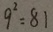
9 ^ { 2 } = 8 1